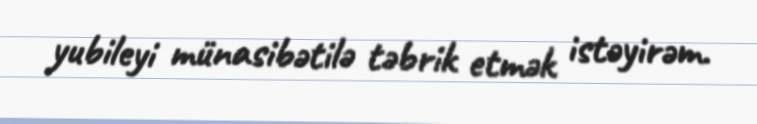
yubileyi münasibətilə təbrik etmək istəyirəm.